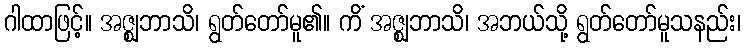
ဂါထာဖြင့်။ အဇ္ဈဘာသိ၊ ရွတ်တော်မူ၏။ ကိံ အဇ္ဈဘာသိ၊ အဘယ်သို့ ရွတ်တော်မူသနည်း၊